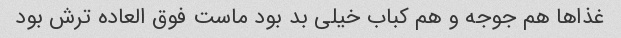
غذا‌ها هم جوجه و هم کباب خیلی بد بود ماست فوق العاده ترش بود